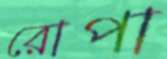
রোপা